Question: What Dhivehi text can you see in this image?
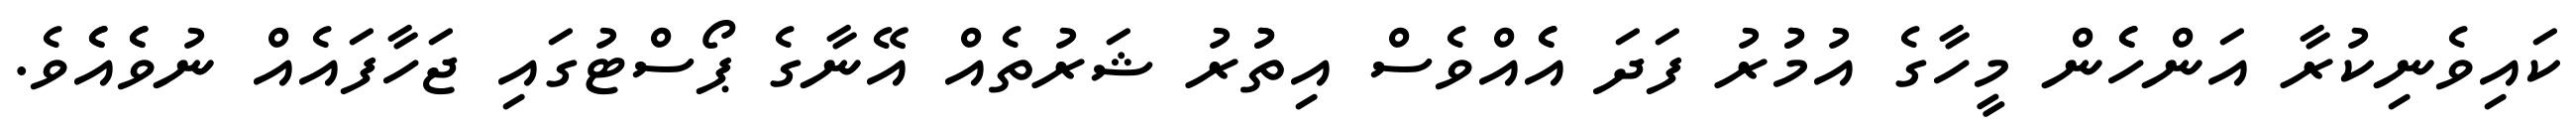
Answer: ކައިވެނިކުރާ އަންހެެން މީހާގެ އުމުުރު ފަދަ އެެއްވެސް އިތުުރު ޝަރުތެއް އޭނާގެ ޕޯސްޓުގައި ޖަހާފައެއް ނުވެެއެެވެ.